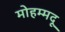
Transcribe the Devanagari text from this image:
मोहम्मदू